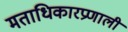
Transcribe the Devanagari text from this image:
मताधिकारप्रणाली